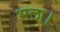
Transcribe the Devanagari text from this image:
भला।